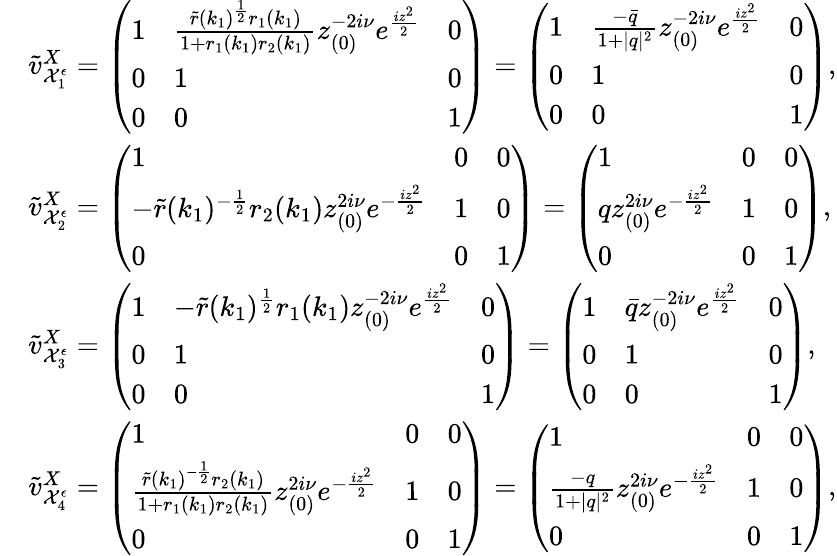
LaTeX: \begin{array}{rl}&{\tilde{v}_{\mathcal{X}_{1}^{\epsilon}}^{X}=\left(\begin{array}{lll}{1}&{\frac{\tilde{r}(k_{1})^{\frac{1}{2}}r_{1}(k_{1})}{1+r_{1}(k_{1})r_{2}(k_{1})}z_{(0)}^{-2i\nu}e^{\frac{iz^{2}}{2}}}&{0}\\ {0}&{1}&{0}\\ {0}&{0}&{1}\end{array}\right)=\left(\begin{array}{lll}{1}&{\frac{-\bar{q}}{1+|q|^{2}}z_{(0)}^{-2i\nu}e^{\frac{iz^{2}}{2}}}&{0}\\ {0}&{1}&{0}\\ {0}&{0}&{1}\end{array}\right),}\\ &{\tilde{v}_{\mathcal{X}_{2}^{\epsilon}}^{X}=\left(\begin{array}{lll}{1}&{0}&{0}\\ {-\tilde{r}(k_{1})^{-\frac{1}{2}}r_{2}(k_{1})z_{(0)}^{2i\nu}e^{-\frac{iz^{2}}{2}}}&{1}&{0}\\ {0}&{0}&{1}\end{array}\right)=\left(\begin{array}{lll}{1}&{0}&{0}\\ {qz_{(0)}^{2i\nu}e^{-\frac{iz^{2}}{2}}}&{1}&{0}\\ {0}&{0}&{1}\end{array}\right),}\\ &{\tilde{v}_{\mathcal{X}_{3}^{\epsilon}}^{X}=\left(\begin{array}{lll}{1}&{-\tilde{r}(k_{1})^{\frac{1}{2}}r_{1}(k_{1})z_{(0)}^{-2i\nu}e^{\frac{iz^{2}}{2}}}&{0}\\ {0}&{1}&{0}\\ {0}&{0}&{1}\end{array}\right)=\left(\begin{array}{lll}{1}&{\bar{q}z_{(0)}^{-2i\nu}e^{\frac{iz^{2}}{2}}}&{0}\\ {0}&{1}&{0}\\ {0}&{0}&{1}\end{array}\right),}\\ &{\tilde{v}_{\mathcal{X}_{4}^{\epsilon}}^{X}=\left(\begin{array}{lll}{1}&{0}&{0}\\ {\frac{\tilde{r}(k_{1})^{-\frac{1}{2}}r_{2}(k_{1})}{1+r_{1}(k_{1})r_{2}(k_{1})}z_{(0)}^{2i\nu}e^{-\frac{iz^{2}}{2}}}&{1}&{0}\\ {0}&{0}&{1}\end{array}\right)=\left(\begin{array}{lll}{1}&{0}&{0}\\ {\frac{-q}{1+|q|^{2}}z_{(0)}^{2i\nu}e^{-\frac{iz^{2}}{2}}}&{1}&{0}\\ {0}&{0}&{1}\end{array}\right),}\end{array}